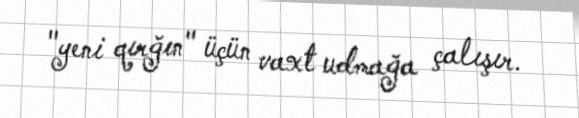
"yeni qırğın" üçün vaxt udmağa çalışır.